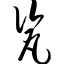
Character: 瓷